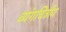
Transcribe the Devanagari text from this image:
व्यंगचित्रीय